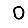
Digit: 0